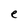
Character: e